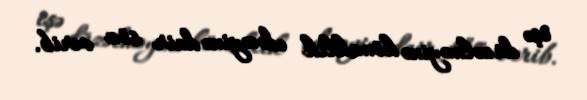
işə düzəlməyinə köməklik edəcəyinə dair söz verib.